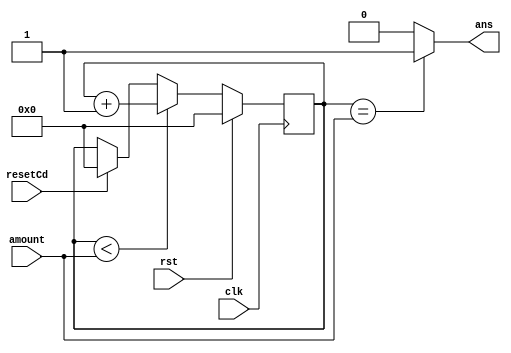
/*
   This file was generated automatically by the Mojo IDE version B1.3.6.
   Do not edit this file directly. Instead edit the original Lucid source.
   This is a temporary file and any changes made to it will be destroyed.
*/

module customCounter_13 (
    input clk,
    input rst,
    input [25:0] amount,
    input resetCd,
    output reg ans
  );
  
  
  
  reg [25:0] M_ctr_d, M_ctr_q = 1'h0;
  
  always @* begin
    M_ctr_d = M_ctr_q;
    
    if (resetCd == 1'h1) begin
      M_ctr_d = 1'h0;
    end
    if (M_ctr_q < amount) begin
      M_ctr_d = M_ctr_q + 1'h1;
    end
    ans = (M_ctr_q == amount) ? 1'h1 : 1'h0;
  end
  
  always @(posedge clk) begin
    if (rst == 1'b1) begin
      M_ctr_q <= 1'h0;
    end else begin
      M_ctr_q <= M_ctr_d;
    end
  end
  
endmodule